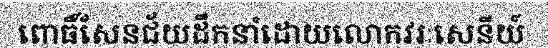
ពោធិ៍សែនជ័យដឹកនាំដោយលោកវរៈសេនីយ៍